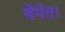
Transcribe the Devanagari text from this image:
येपेत।